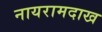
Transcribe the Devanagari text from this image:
नायरामदाख